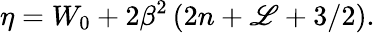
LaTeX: \eta=W_{0}+2\beta^{2}\left(2n+\mathscr{L}+3/2\right).